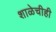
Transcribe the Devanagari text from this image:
शाळेचीही